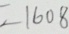
= 1 6 0 8